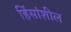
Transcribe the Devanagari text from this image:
हिंसांशील